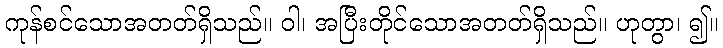
ကုန်စင်သောအတတ်ရှိသည်။ ဝါ၊ အပြီးတိုင်သောအတတ်ရှိသည်။ ဟုတွာ၊ ၍။